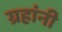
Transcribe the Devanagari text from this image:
ग्रहांनी